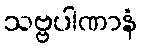
သဗ္ဗပါဏာနံ